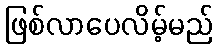
ဖြစ်လာပေလိမ့်မည်